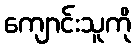
ကျောင်းသူကို